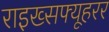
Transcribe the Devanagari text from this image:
राइख्सफ्यूहरर